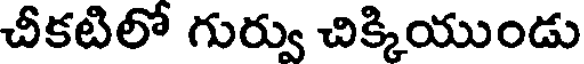
చీకటిలో గుర్వు చిక్కియుండు